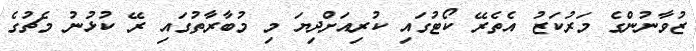
ޒުވާނުންގެ މަރުކަޒު އެތެރޭ ކޯޓުގައި ކުރިއަށްދިޔަ މި މުބާރާތުގައި ރޭ ކުޅުނު މެޗުގެ